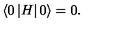
\left\langle 0 \left| H \right| 0 \right\rangle = 0 .